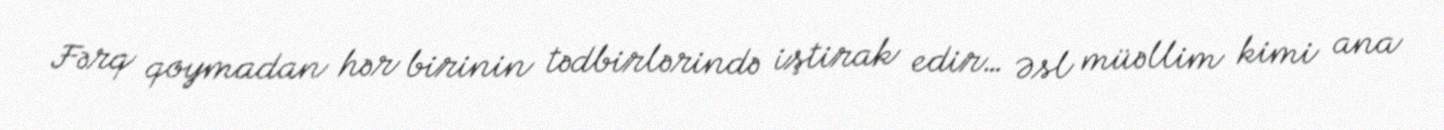
Fərq qoymadan hər birinin tədbirlərində iştirak edir… Əsl müəllim kimi ana